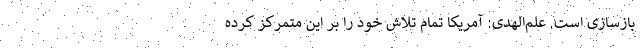
بازسازی است. علم‌الهدی: آمریکا تمام تلاش خود را بر این متمرکز کرده